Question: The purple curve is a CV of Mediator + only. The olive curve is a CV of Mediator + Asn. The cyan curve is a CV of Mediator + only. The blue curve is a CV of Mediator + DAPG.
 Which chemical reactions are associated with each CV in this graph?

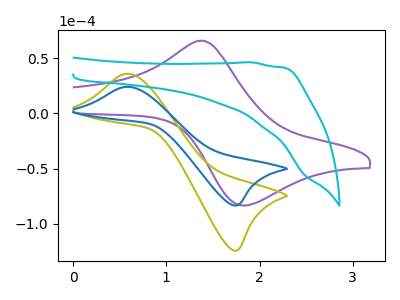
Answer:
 <answer>The purple curve is labeled "Mediator + only". The olive curve is labeled "Mediator + Asn". The cyan curve is labeled "Mediator + only". The blue curve is labeled "Mediator + DAPG".</answer>
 <eval></eval>